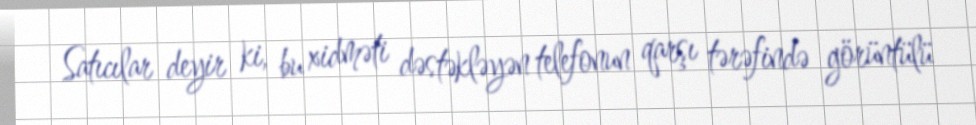
Satıcılar deyir ki, bu xidməti dəstəkləyən telefonun qarşı tərəfində görüntülü